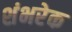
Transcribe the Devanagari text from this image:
शंभरेक